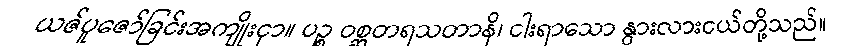
ယဇ်ပူဇော်ခြင်းအကျိုးငှာ။ ပဉ္စ ဝစ္ဆတရသတာနိ၊ ငါးရာသော နွားလားငယ်တို့သည်။